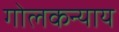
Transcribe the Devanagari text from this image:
गोलकन्याय